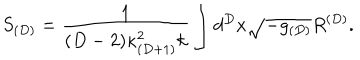
LaTeX: S _ { ( D ) } = \frac { 1 } { ( D - 2 ) \kappa _ { ( D + 1 ) } ^ { 2 } k } \int d ^ { D } x \sqrt { - g _ { ( D ) } } R ^ { ( D ) } .